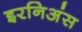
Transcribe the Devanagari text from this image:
इरनिअंस